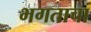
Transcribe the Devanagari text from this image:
भगताचा